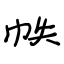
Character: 帙